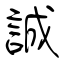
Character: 誠